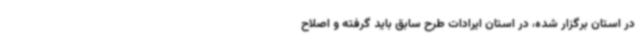
در استان برگزار شده، در استان ایرادات طرح سابق باید گرفته و اصلاح